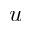
u